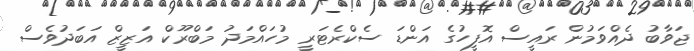
ޖަވާބު ދެއްވަމުން ރައީސް އޮފީހުގެ އަންޑަ ސެކްރެޓަރީ މުހައްމަދު މަބްރޫކް އަޒީޒް އަބަދުވެސް